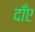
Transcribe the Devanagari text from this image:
दाँए